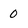
Character: 0